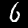
Label: 6